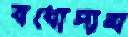
বধোদ্যম